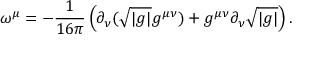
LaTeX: \omega ^ { \mu } = - { \frac { 1 } { 1 6 \pi } } \left( \partial _ { \nu } ( \sqrt { \vert g \vert } g ^ { \mu \nu } ) + g ^ { \mu \nu } \partial _ { \nu } \sqrt { \vert g \vert } \right) .